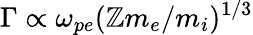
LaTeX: \Gamma\propto\omega_{pe}(\mathbb{Z}m_{e}/m_{i})^{1/3}